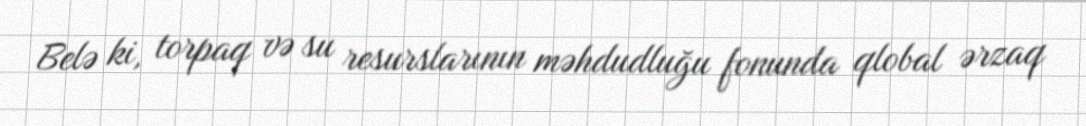
Belə ki, torpaq və su resurslarının məhdudluğu fonunda qlobal ərzaq